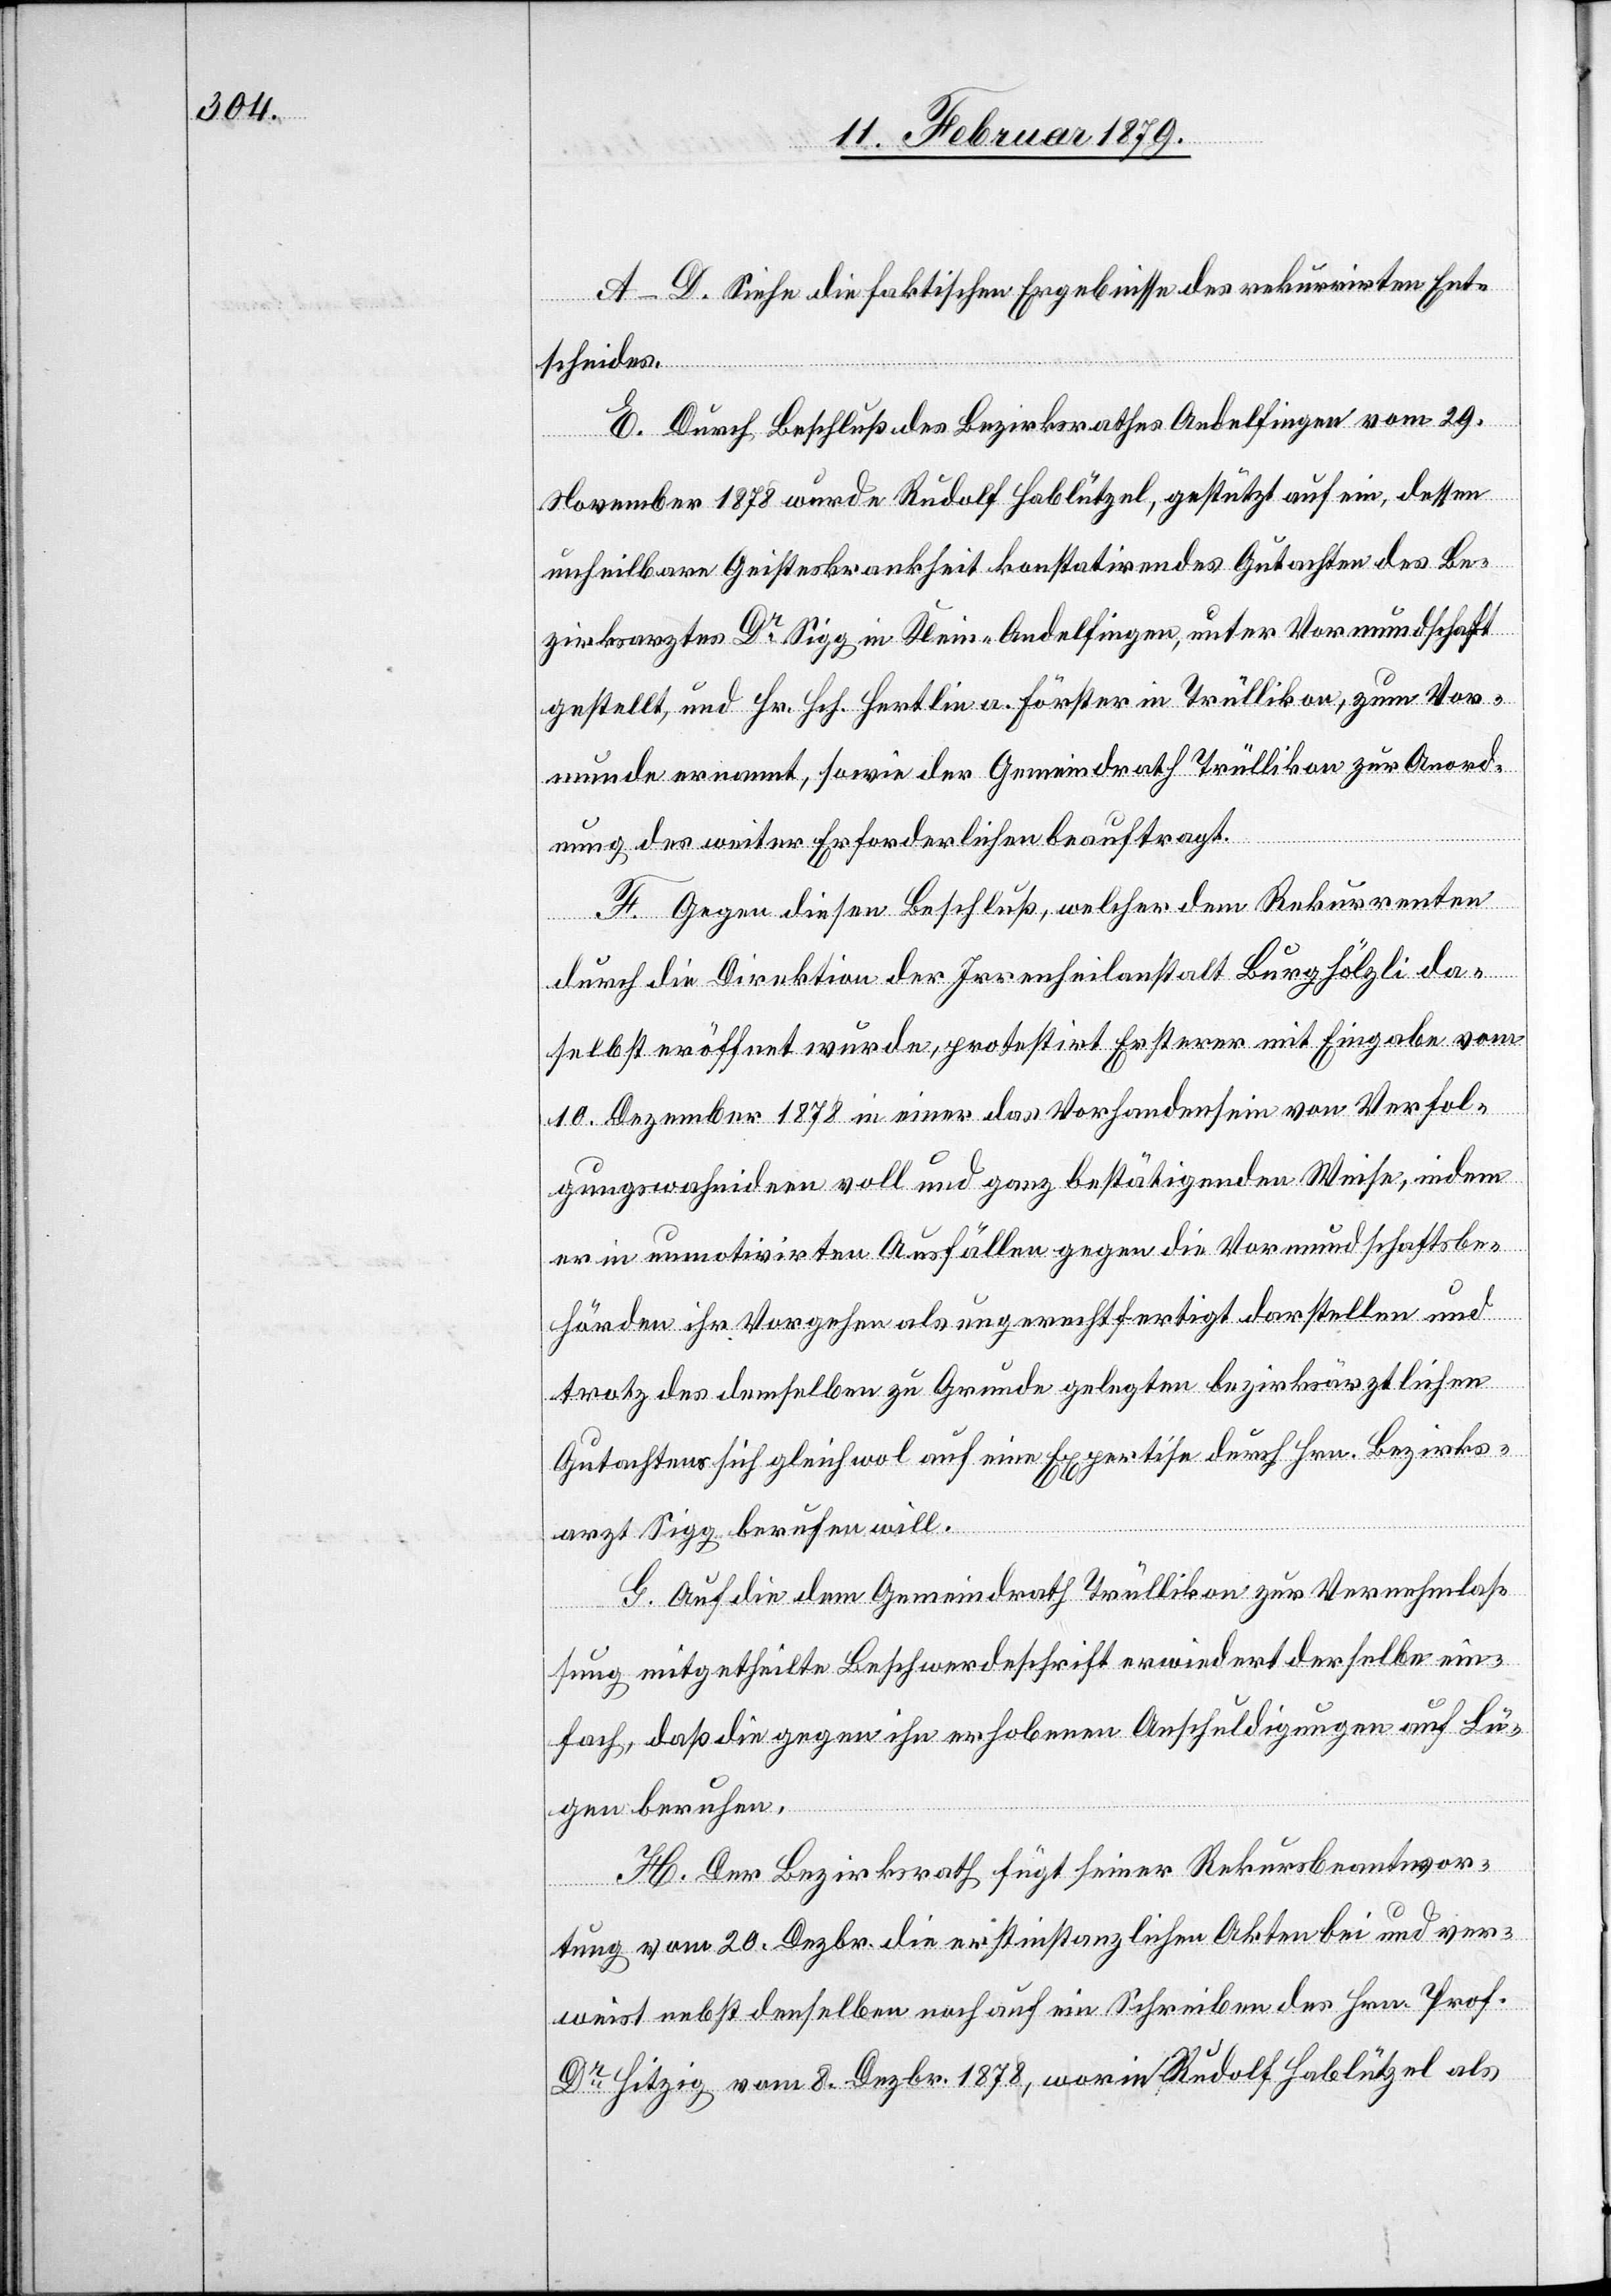
A–D. Siehe die faktischen Ergebnisse des rekurrirten Ent¬
scheides.
E. Durch Beschluß des Bezirksrathes Andelfingen vom 29.
November 1878 wurde Rudolf Hablützel, gestützt auf ein, dessen
unheilbare Geisteskrankheit konstatirendes Gutachten des Be¬
zirksarztes Dr Sigg in Klein-Andelfingen, unter Vormundschaft
gestellt, und Hr. Hch. Hertlin a. Förster in Trüllikon zur Anord¬
nung des weiter Erforderlichen beauftragt.
F. Gegen diesen Beschluß, welcher dem Rekurrenten
durch die Direktion der Irrenanstalt Burghölzli da¬
selbst eröffnet wurde, protestirt Ersterer mit Eingabe vom
10. Dezember 1878 in einer das Vorhandensein von Verfol¬
gungswahnideen voll und ganz bestätigenden Weise, indem
er in unmotivirten Ausfällen gegen die Vormundschaftsbe¬
hörden ihr Vorgehen als ungerechtfertigt darstellen und
trotz des demselben zu Grunde gelegten bezirksärztlichen
Gutachtens sich gleichwol auf eine Expertise durch Hrn. Bezirks¬
arzt Sigg berufen will.
G. Auf die dem Gemeindrath Trüllikon zur Vernehmlas¬
sung mitgetheilte Beschwerdeschrift erwiedert derselbe ein¬
fach, daß die gegen ihn erhobenen Anschuldigungen auf Lü¬
H. Der Bezirksrath fügt seiner Rekursbeantwor¬
gen beruhen.
tung vom 20. Dezbr. die erstinstanzlichen Akten bei und ver¬
weist nebst denselben noch auf ein Schreiben des Hrn. Prof.
Dr Hitzig vom 8. Dezbr. 1878, worin Rudolf Hablützel als